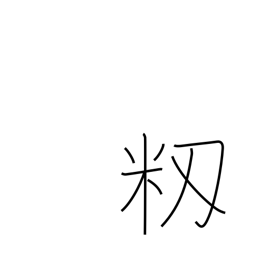
Meaning: unhulled rice